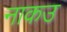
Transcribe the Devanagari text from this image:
नाकउ